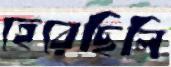
হেরেছিলি